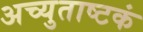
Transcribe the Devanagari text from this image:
अच्युताष्टकं